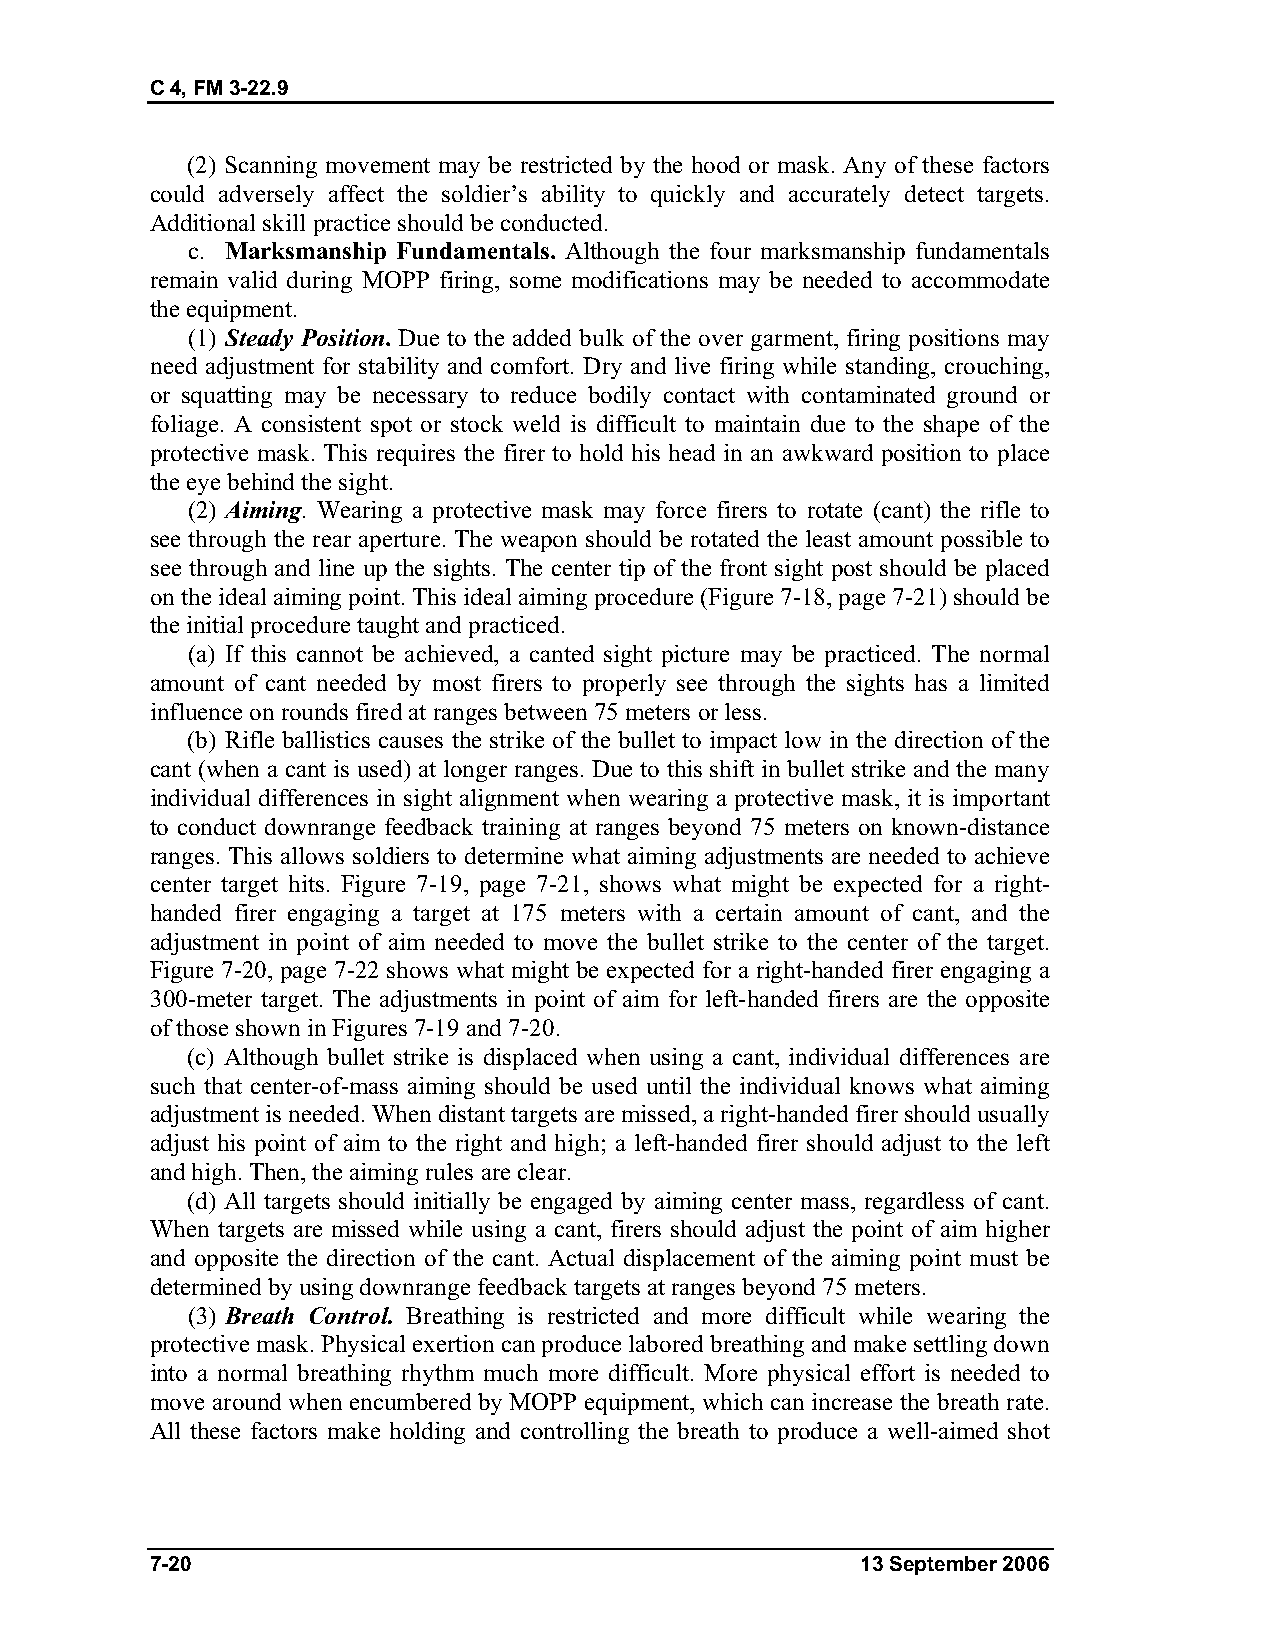
C 4, FM 3-22.9
 (2) Scanning movement may be restricted by the hood or mask. Any of these factors
 could adversely affect the soldier’s ability to quickly and accurately detect targets.
 Additional skill practice should be conducted.
 c. Marksmanship Fundamentals. Although the four marksmanship fundamentals
 remain valid during MOPP firing, some modifications may be needed to accommodate
 the equipment.
 (1) Steady Position. Due to the added bulk of the over garment, firing positions may
 need adjustment for stability and comfort. Dry and live firing while standing, crouching,
 or squatting may be necessary to reduce bodily contact with contaminated ground or
 foliage. A consistent spot or stock weld is difficult to maintain due to the shape of the
 protective mask. This requires the firer to hold his head in an awkward position to place
 the eye behind the sight.
 (2) Aiming. Wearing a protective mask may force firers to rotate (cant) the rifle to
 see through the rear aperture. The weapon should be rotated the least amount possible to
 see through and line up the sights. The center tip of the front sight post should be placed
 on the ideal aiming point. This ideal aiming procedure (Figure 7-18, page 7-21) should be
 the initial procedure taught and practiced.
 (a) If this cannot be achieved, a canted sight picture may be practiced. The normal
 amount of cant needed by most firers to properly see through the sights has a limited
 influence on rounds fired at ranges between 75 meters or less.
 (b) Rifle ballistics causes the strike of the bullet to impact low in the direction of the
 cant (when a cant is used) at longer ranges. Due to this shift in bullet strike and the many
 individual differences in sight alignment when wearing a protective mask, it is important
 to conduct downrange feedback training at ranges beyond 75 meters on known-distance
 ranges. This allows soldiers to determine what aiming adjustments are needed to achieve
 center target hits. Figure 7-19, page 7-21, shows what might be expected for a right-
 handed firer engaging a target at 175 meters with a certain amount of cant, and the
 adjustment in point of aim needed to move the bullet strike to the center of the target.
 Figure 7-20, page 7-22 shows what might be expected for a right-handed firer engaging a
 300-meter target. The adjustments in point of aim for left-handed firers are the opposite
 of those shown in Figures 7-19 and 7-20.
 (c) Although bullet strike is displaced when using a cant, individual differences are
 such that center-of-mass aiming should be used until the individual knows what aiming
 adjustment is needed. When distant targets are missed, a right-handed firer should usually
 adjust his point of aim to the right and high; a left-handed firer should adjust to the left
 and high. Then, the aiming rules are clear.
 (d) All targets should initially be engaged by aiming center mass, regardless of cant.
 When targets are missed while using a cant, firers should adjust the point of aim higher
 and opposite the direction of the cant. Actual displacement of the aiming point must be
 determined by using downrange feedback targets at ranges beyond 75 meters.
 (3) Breath Control. Breathing is restricted and more difficult while wearing the
 protective mask. Physical exertion can produce labored breathing and make settling down
 into a normal breathing rhythm much more difficult. More physical effort is needed to
 move around when encumbered by MOPP equipment, which can increase the breath rate.
 All these factors make holding and controlling the breath to produce a well-aimed shot
 7-20                                           13 September 2006